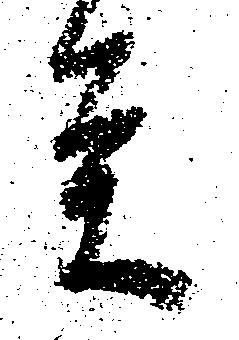
条